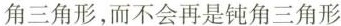
角三角形，而不会再是钝角三角形